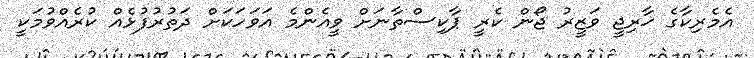
އެމެރިކާގެ ޚާރިޖީ ވަޒީރު ޖޯން ކެރީ ޕާކިސްތާނަށް ވީއެންމެ އަވަހަކަށް ދަތުރުފުޅެއް ކުރެއްވުމަކީ